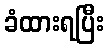
ခံထားရပြီး